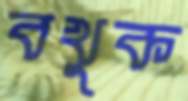
বখুক